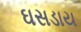
ઘસડાય